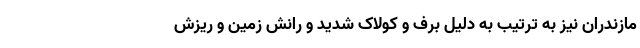
مازندران نیز به ترتیب به دلیل برف و کولاک شدید و رانش زمین و ریزش